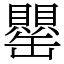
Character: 罌